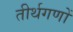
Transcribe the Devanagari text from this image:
तीर्थगणों